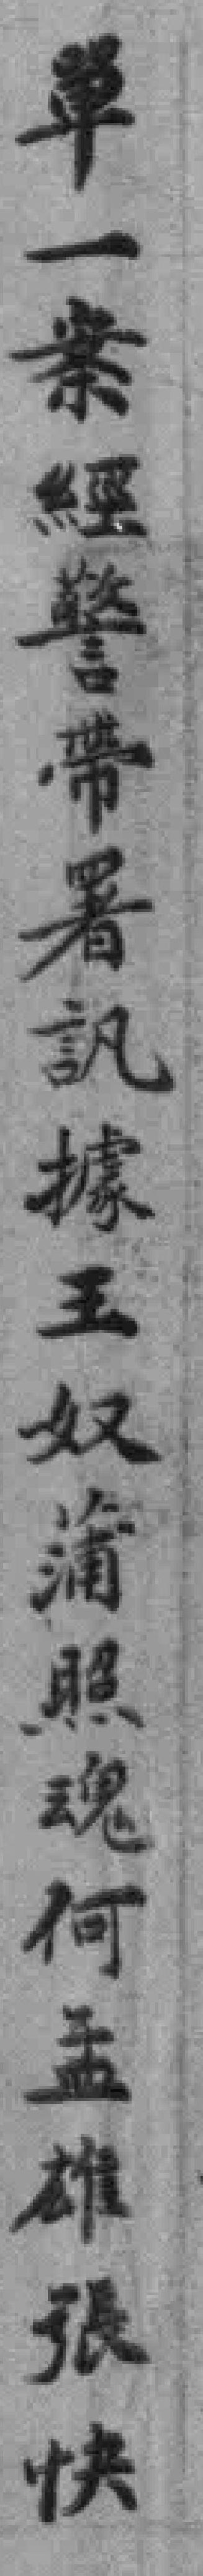
單一案經警帶署訊據王奴蒲照魂何孟雄張快